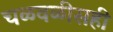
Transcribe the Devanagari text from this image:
चळवळीसही